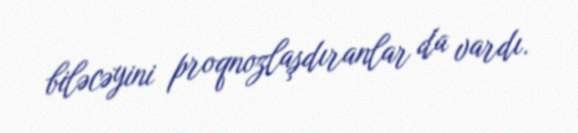
biləcəyini proqnozlaşdıranlar da vardı.